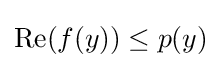
\operatorname {Re} (f(y))\leq p(y)